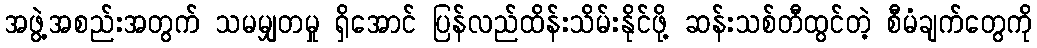
အဖွဲ့အစည်းအတွက် သမမျှတမှု ရှိအောင် ပြန်လည်ထိန်းသိမ်းနိုင်ဖို့ ဆန်းသစ်တီထွင်တဲ့ စီမံချက်တွေကို